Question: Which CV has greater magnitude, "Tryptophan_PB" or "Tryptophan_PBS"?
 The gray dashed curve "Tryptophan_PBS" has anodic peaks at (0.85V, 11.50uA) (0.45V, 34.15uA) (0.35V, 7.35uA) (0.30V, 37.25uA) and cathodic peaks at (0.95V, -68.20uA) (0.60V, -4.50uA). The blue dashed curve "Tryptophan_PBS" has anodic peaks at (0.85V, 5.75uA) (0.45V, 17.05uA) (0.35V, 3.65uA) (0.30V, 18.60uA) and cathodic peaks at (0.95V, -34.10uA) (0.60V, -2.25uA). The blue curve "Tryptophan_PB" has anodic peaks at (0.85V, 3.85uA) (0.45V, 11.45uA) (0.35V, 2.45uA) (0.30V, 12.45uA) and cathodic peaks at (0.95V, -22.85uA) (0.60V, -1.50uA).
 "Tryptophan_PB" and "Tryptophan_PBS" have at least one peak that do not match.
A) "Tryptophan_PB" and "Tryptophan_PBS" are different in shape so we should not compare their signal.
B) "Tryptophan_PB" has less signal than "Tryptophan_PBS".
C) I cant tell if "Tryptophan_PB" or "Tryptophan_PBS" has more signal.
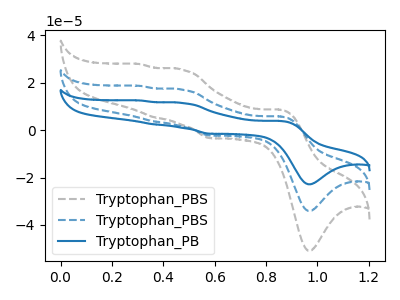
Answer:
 <answer>A) "Tryptophan_PB" and "Tryptophan_PBS" are different in shape so we should not compare their signal.</answer>
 <eval>A</eval>